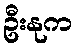
ဦးနုက